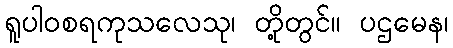
ရူပါဝစရကုသလေသု၊ တို့တွင်။ ပဌမေန၊